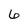
Character: 6